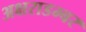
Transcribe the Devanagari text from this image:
अक्षराडम्बर